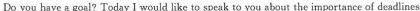
Do you have a goal? Today I would like to speak to you about the importance of deadlines